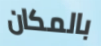
بالمكان